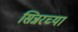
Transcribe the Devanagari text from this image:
सिन्नरच्या